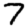
Digit: 7